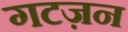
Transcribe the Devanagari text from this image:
गटज़न